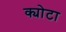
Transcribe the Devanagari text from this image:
क्योटा